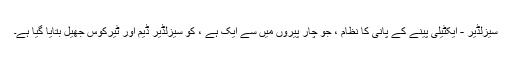
سیزلڈیر - ایکٹیلی پینے کے پانی کا نظام ، جو چار پیروں میں سے ایک ہے ، کو سیزلڈیر ڈیم اور ٹیرکوس جھیل بتایا گیا ہے۔